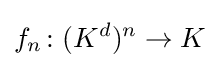
f_{n}\colon (K^{d})^{n}\to K